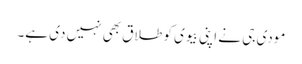
مودی جی نے اپنی بیوی کو طلاق بھی نہیں دی ہے۔